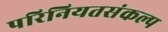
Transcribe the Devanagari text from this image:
परिनियतसंकल्प